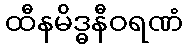
ထီနမိဒ္ဓနီဝရဏံ